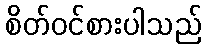
စိတ်ဝင်စားပါသည်